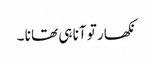
نکھار تو آنا ہی تھا نا ۔